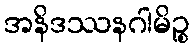
အနိဒဿနဂါမိဉ္စ